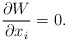
\begin{align*}\frac{\partial W}{\partial x_i} = 0. \end{align*}